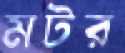
মটর